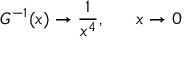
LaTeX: G ^ { - 1 } ( x ) \rightarrow { \frac { 1 } { x ^ { 4 } } } , ~ ~ ~ ~ ~ x \rightarrow 0